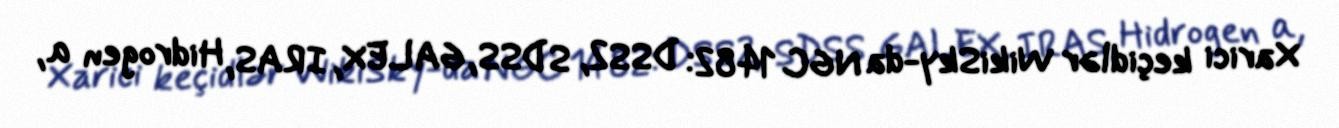
Xarici keçidlər WikiSky-da NGC 1482: DSS2, SDSS, GALEX, IRAS, Hidrogen α,